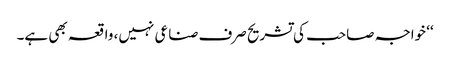
‘‘ خواجہ صاحب کی تشریح صرف صناعی نہیں، واقعہ بھی ہے۔